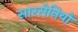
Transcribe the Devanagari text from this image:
सारसेनियों